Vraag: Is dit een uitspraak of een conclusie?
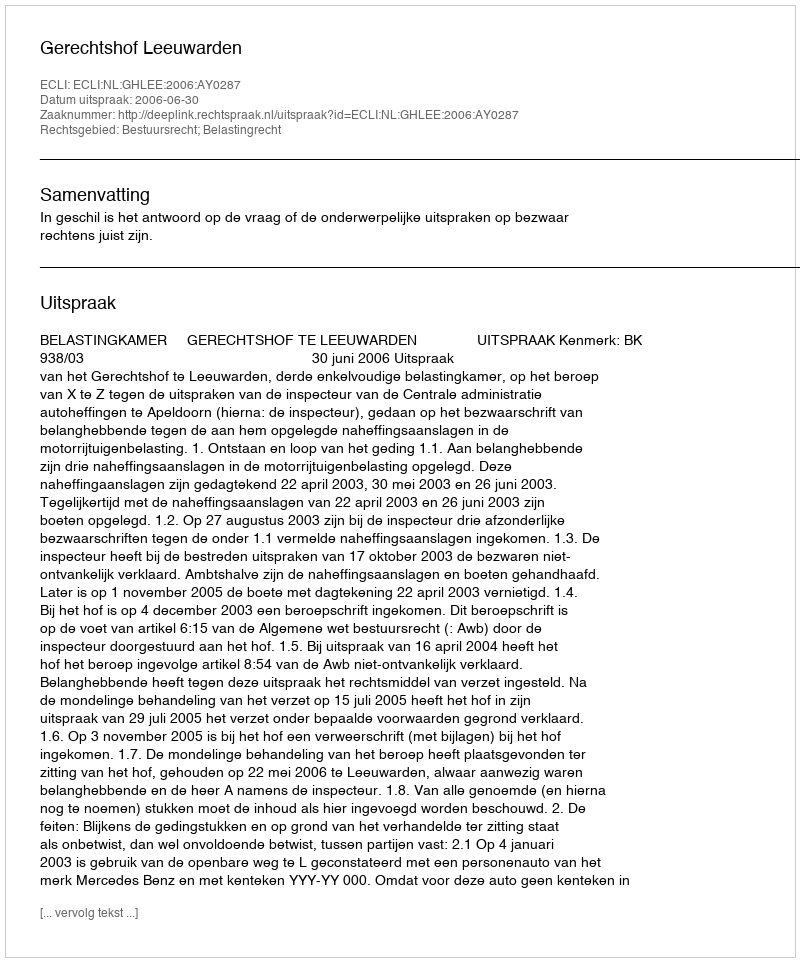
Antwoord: Uitspraak